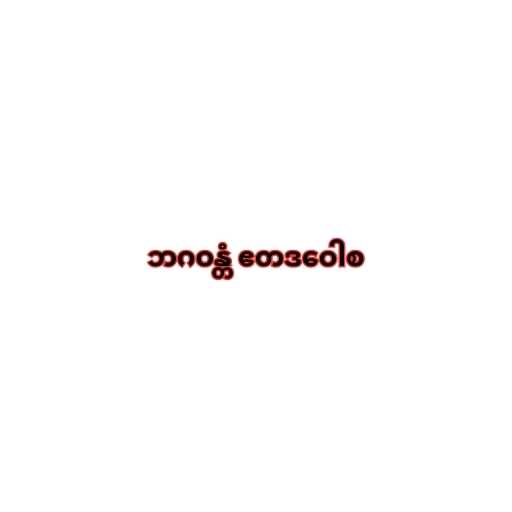
ဘဂဝန္တံ ဧတဒဝေါစ